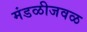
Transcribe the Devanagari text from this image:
मंडळीजवळ